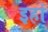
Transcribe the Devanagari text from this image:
इहां